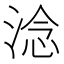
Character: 淰